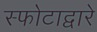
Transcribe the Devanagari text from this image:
स्फोटाद्वारे